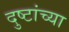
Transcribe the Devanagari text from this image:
दुष्टांच्या